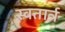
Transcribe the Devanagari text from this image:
स्वतार्त्र